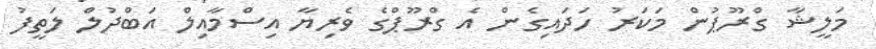
މަލީޝާ ގްރޫޕުން މަކަރު ހަދައިގެން އެ ގްރޫޕްގެ ވެރިޔާ އިސްމާއިލް އަބްދުލް ލަތީފު